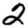
Digit: 2